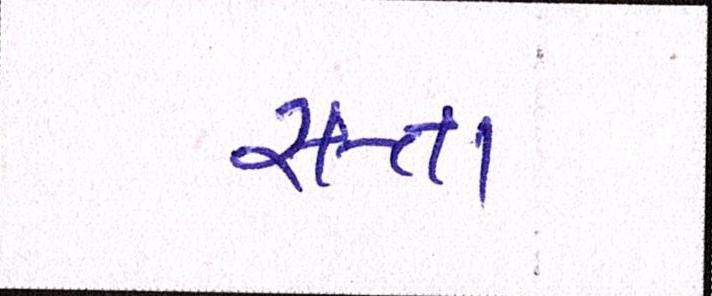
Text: સત્તા